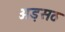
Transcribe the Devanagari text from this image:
अड़सठ